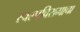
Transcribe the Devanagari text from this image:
स्वल्पविरामाचा